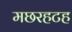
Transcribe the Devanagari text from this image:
मछरहटह